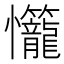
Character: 𭟬